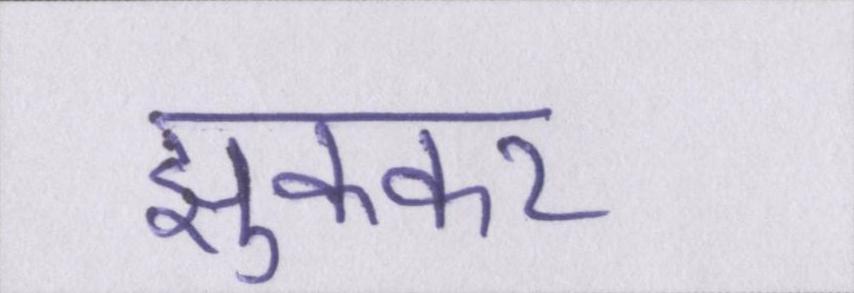
झुककर